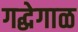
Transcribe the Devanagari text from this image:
गद्धेगाळ